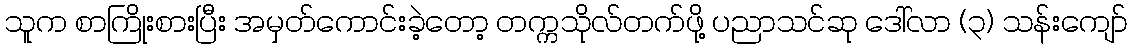
သူက စာကြိုးစားပြီး အမှတ်ကောင်းခဲ့တော့ တက္ကသိုလ်တက်ဖို့ ပညာသင်ဆု ဒေါ်လာ (၃) သန်းကျော်